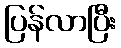
ပြန်လာပြီး